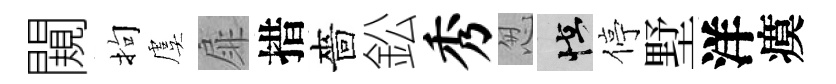
闚拘虞扉措嗇鈆秀怱怪停墅洋瘼